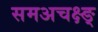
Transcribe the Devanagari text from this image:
समअचक्ष्ङ्